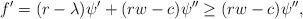
LaTeX: \begin{align*}f'=(r-\lambda)\psi'+(rw-c)\psi''\geq (rw-c)\psi'',\end{align*}